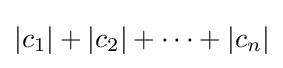
|c_{1}|+|c_{2}|+\cdots +|c_{n}|